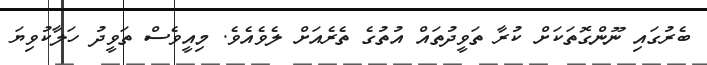
ބެރުގައި ނޫންގޮތަކަށް ކުރާ ތަވީދުތައް އުތުގެ ތެރެއަށް ލެވެއެވެ. މިއީވެސް ތަވީދު ހަލާކުވިޔަ